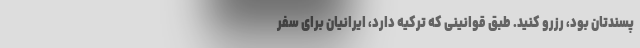
پسندتان بود، رزرو کنید. طبق قوانینی که ترکیه دارد، ایرانیان برای سفر